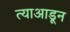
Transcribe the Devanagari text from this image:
त्याआडून